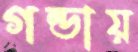
গন্ডায়